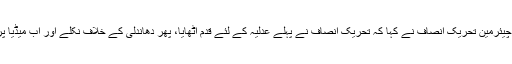
نجی ٹی وی کے پروگرام میں گفتگو کرتے ہوئے چیئرمین تحریک انصاف نے کہا کہ تحریکِ انصاف نے پہلے عدلیہ کے لئے قدم اٹھایا، پھر دھاندلی کے خلاف نکلے اور اب میڈیا پر پابندی کے خلاف بھی آرام سے نہیں بیٹھیں گے۔